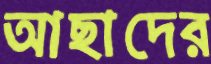
আছাদের